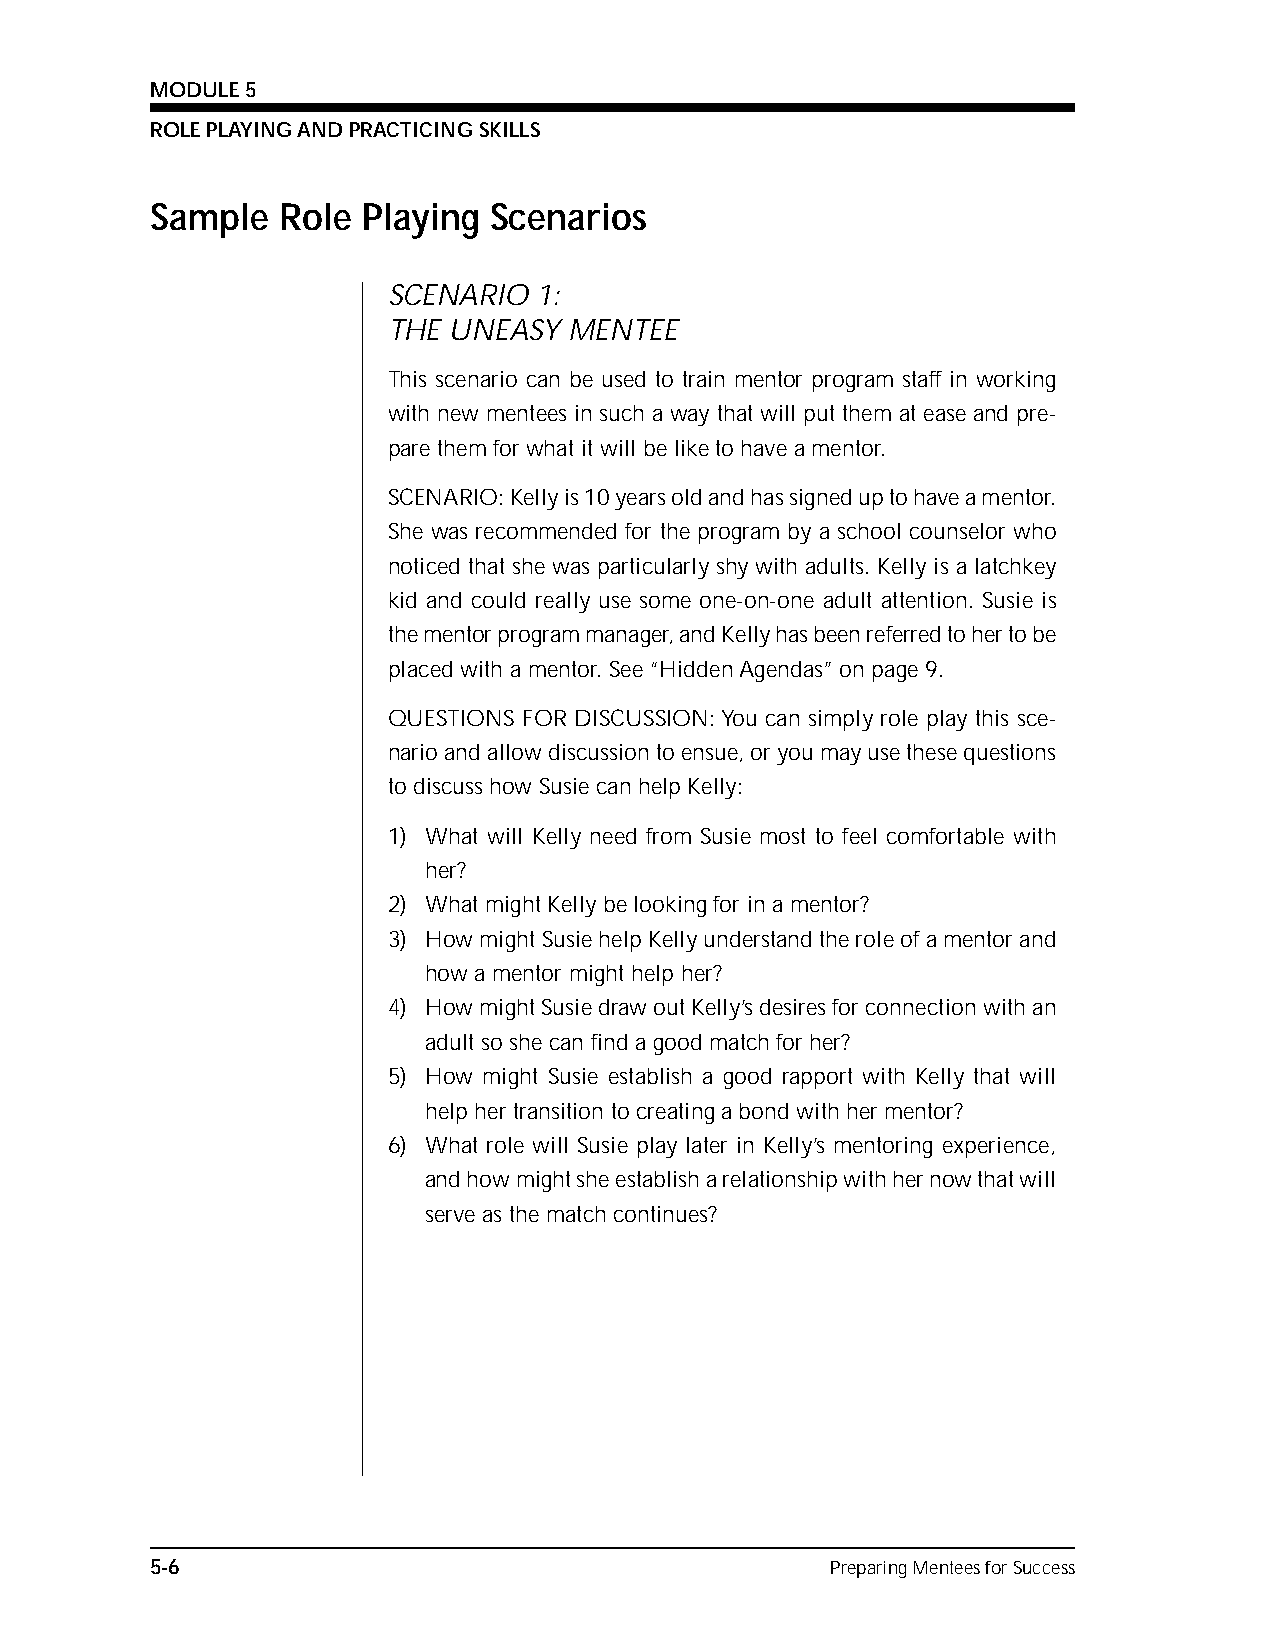
MODULE 5
 ROLE PLAYING AND PRACTICING SKILLS
 SNaOmTESple Role Playing Scenarios
 SCENARIO 1:
 THE UNEASY  MENTEE
 This scenario can be used to train mentor program staff in working
 with new mentees in such a way that will put them at ease and pre-
 pare them for what it will be like to have a mentor.
 SCENARIO: Kelly is 10 years old and has signed up to have a mentor.
 She was recommended for the program by a school counselor who
 noticed that she was particularly shy with adults. Kelly is a latchkey
 kid and could really use some one-on-one adult attention. Susie is
 the mentor program manager, and Kelly has been referred to her to be
 placed with a mentor. See “Hidden Agendas” on page 9.
 QUESTIONS FOR DISCUSSION: You can simply role play this sce-
 nario and allow discussion to ensue, or you may use these questions
 to discuss how Susie can help Kelly:
 1) What will Kelly need from Susie most to feel comfortable with
 her?
 2) What might Kelly be looking for in a mentor?
 3) How might Susie help Kelly understand the role of a mentor and
 how a mentor might help her?
 4) How might Susie draw out Kelly’s desires for connection with an
 adult so she can find a good match for her?
 5) How might Susie establish a good rapport with Kelly that will
 help her transition to creating a bond with her mentor?
 6) What role will Susie play later in Kelly’s mentoring experience,
 and how might she establish a relationship with her now that will
 serve as the match continues?
 5-6                                          Preparing Mentees for Success